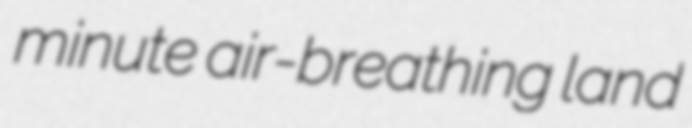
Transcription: minute air-breathing land